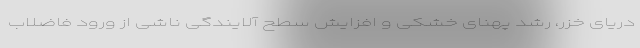
دریای خزر، رشد پهنای خشکی و افزایش سطح آلایندگی ناشی از ورود فاضلاب